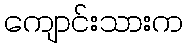
ကျောင်းသားက